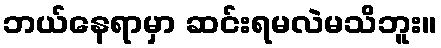
ဘယ်နေရာမှာ ဆင်းရမလဲမသိဘူး။